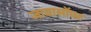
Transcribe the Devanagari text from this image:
जावासॉफ्ट